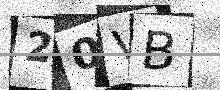
Text: 20VB